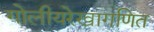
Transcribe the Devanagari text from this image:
गोलीयरेखागणित